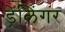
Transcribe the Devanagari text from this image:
ड्रेलिंगर